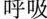
呼吸